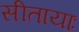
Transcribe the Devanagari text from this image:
सीतायाः